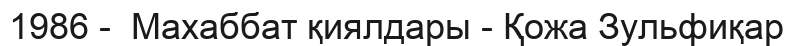
1986 -  Махаббат қиялдары - Қожа Зульфиқар